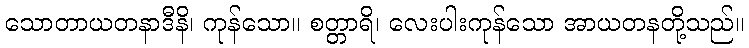
သောတာယတနာဒီနိ၊ ကုန်သော။ စတ္တာရိ၊ လေးပါးကုန်သော အာယတနတို့သည်။